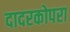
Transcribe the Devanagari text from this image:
दादरकोपरा